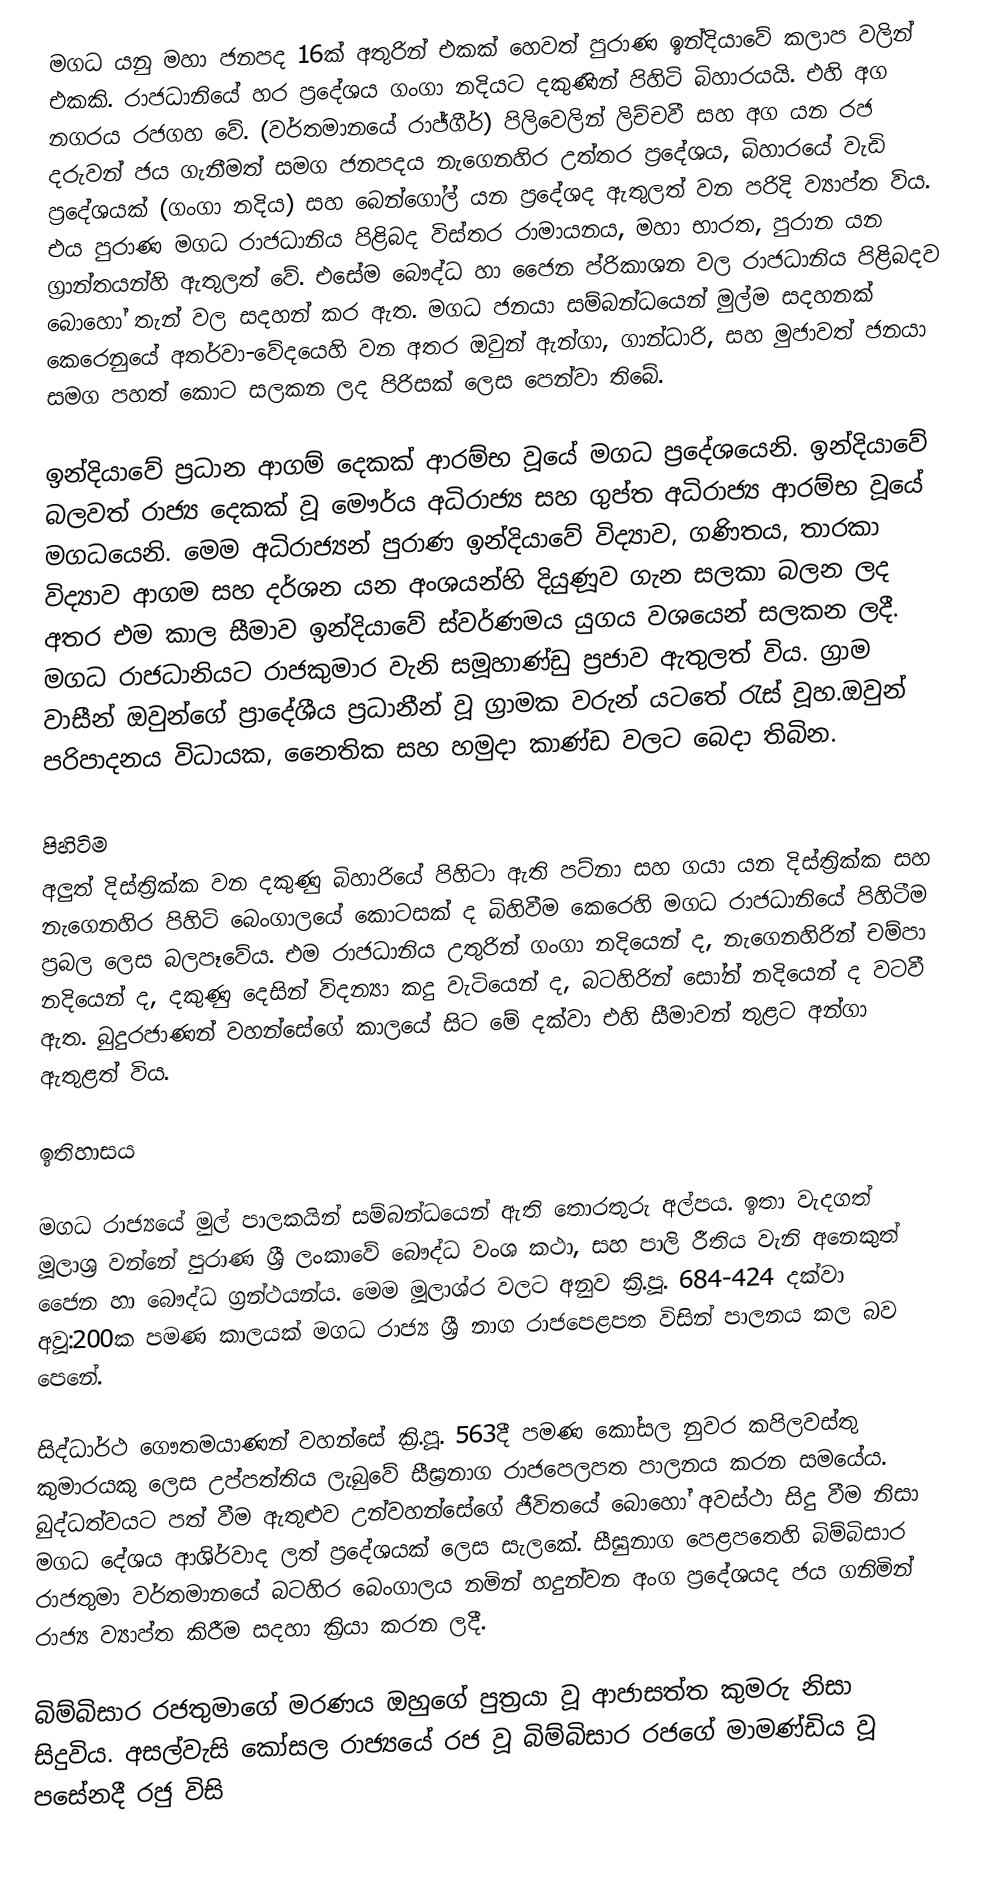
මගධ යනු මහා ජනපද 16ක් අතුරින් එකක් හෙවත් පුරාණ ඉන්දියාවේ කලාප වලින් එකකි. රාජධානියේ හර ප්‍රදේශය ගංගා නදියට දකුණින් පිහිටි බිහාරයයි. එහි අග නගරය රජගහ වේ. (වර්තමානයේ රාජ්ගීර්) පිලිවෙලින් ලිච්චවී සහ අග යන රජ දරුවන් ජය ගැනීමත් සමග ජනපදය නැගෙනහිර උත්තර ප්‍රදේශය, බිහාරයේ වැඩි ප්‍රදේශයක් (ගංගා නදිය) සහ බෙන්ගෝල් යන ප්‍රදේශද ඇතුලත් වන පරිදි ව්‍යාප්ත විය. එය පුරාණ මගධ රාජධානිය පිළිබද විස්තර රාමායනය, මහා භාරත, පුරාන යන ග්‍රාන්තයන්හි ඇතුලත් වේ. එසේම බෞද්ධ හා ජෛන ප්රිකාශන වල රාජධානිය පිළිබදව බොහෝ තැන් වල සදහන් කර ඇත. මගධ ජනයා සම්බන්ධයෙන් මුල්ම සදහනක් කෙරෙනුයේ අතර්වා-වේදයෙහි වන අතර ඔවුන් ඇන්ගා, ගාන්ධාරි, සහ මුජාවත් ජනයා සමග පහත් කොට සලකන ලද පිරිසක් ලෙස පෙන්වා තිබේ.

ඉන්දියාවේ ප්‍රධාන ආගම් දෙකක් ආරම්භ වූයේ මගධ ප්‍රදේශයෙනි. ඉන්දියාවේ බලවත් රාජ්‍ය දෙකක් වූ මෞර්ය අධිරාජ්‍ය සහ ගුප්ත අධිරාජ්‍ය ආරම්භ වූයේ මගධයෙනි. මෙම අධිරාජ්‍යන් පුරාණ ඉන්දියාවේ විද්‍යාව, ගණිතය, තාරකා විද්‍යාව ආගම සහ දර්ශන යන අංශයන්හි දියුණූව ගැන සලකා බලන ලද අතර එම කාල සීමාව ඉන්දියාවේ ස්වර්ණමය යුගය වශයෙන් සලකන ලදී. මගධ රාජධානියට රාජකුමාර වැනි සමූහාණ්ඩු ප්‍රජාව ඇතුලත් විය. ග්‍රාම වාසීන් ඔවුන්ගේ ප්‍රාදේශීය ප්‍රධානීන් වූ ග්‍රාමක වරුන් යටතේ රැස් වූහ.ඔවුන් පරිපාදනය විධායක, නෛතික සහ හමුදා කාණ්ඩ වලට බෙදා තිබින.

පිහිටිම
අලුත් දිස්ත්‍රික්ක වන දකුණු බිහාරියේ පිහිටා ඇති පට්නා සහ ගයා යන දිස්ත්‍රික්ක සහ නැගෙනහිර පිහිටි බෙංගාලයේ කොටසක් ද බිහිවීම කෙරෙහි මගධ රාජධානියේ පිහිටීම  ප්‍රබල ලෙස බලපෑවේය.  එම රාජධානිය උතුරින්  ගංගා නදියෙන් ද, නැගෙනහිරින් චම්පා නදියෙන් ද, දකුණු දෙසින් විදන්‍යා කදු වැටියෙන් ද, බටහිරින් සෝන් නදියෙන් ද වටවී ඇත. බුදුරජාණන් වහන්සේගේ කාලයේ සිට මේ දක්වා එහි සීමාවන් තුළට අන්ගා ඇතුළත් විය.

ඉතිහාසය

මගධ රාජ්‍යයේ මුල් පාලකයින් සම්බන්ධයෙන් ඇති තොරතුරු අල්පය. ඉතා වැදගත් මූලාශ්‍ර වන්නේ පුරාණ ශ්‍රී ලංකාවේ බෞද්ධ වංශ කථා, සහ පාලි රීතිය වැනි අනෙකුත් ජෛන හා බෞද්ධ ග්‍රන්ථයන්ය. මෙම මූලාශ්ර  වලට අනුව ක්‍රි.පූ. 684-424 දක්වා අවූ:200ක පමණ කාලයක් මගධ රාජ්‍ය ශ්‍රී නාග රාජපෙළපත විසින් පාලනය කල බව පෙනේ.

සිද්ධාර්ථ ගෞතමයාණන් වහන්සේ ක්‍රි.පූ. 563දී පමණ කෝසල නුවර කපිලවස්තු කුමාරයකු ලෙස උප්පත්තිය ලැබුවේ සීඝ්‍රනාග  රාජපෙලපත පාලනය කරන සමයේය. බුද්ධත්වයට පත් වීම ඇතුළුව උන්වහන්සේගේ ජීවිතයේ බොහෝ අවස්ථා සිදු වීම නිසා මගධ දේශය ආශිර්වාද ලත් ප්‍රදේශයක් ලෙස සැලකේ. සීඝුනාග පෙළපතෙහි බිම්බිසාර රාජතුමා වර්තමානයේ බටහිර බෙංගාලය නමින් හදුන්වන අංග ප්‍රදේශයද ජය ගනිමින් රාජ්‍ය ව්‍යාප්ත කිරීම සදහා ක්‍රියා කරන ලදී.

බිම්බිසාර රජතුමාගේ මරණය ඔහුගේ පුත්‍රයා වූ ආජාසත්ත කුමරු නිසා සිදුවිය. අසල්වැසි කෝසල රාජ්‍යයේ රජ වූ බිම්බිසාර රජගේ මාමණ්ඩිය වූ පසේනදී රජු විසි